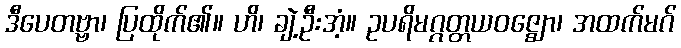
ဒီပေတဗ္ဗာ၊ ပြထိုက်၏။ ဟိ၊ ချဲ့ဦးအံ့။ ဥပရိမဂ္ဂတ္တယဝဇ္ဈော၊ အထက်မဂ်